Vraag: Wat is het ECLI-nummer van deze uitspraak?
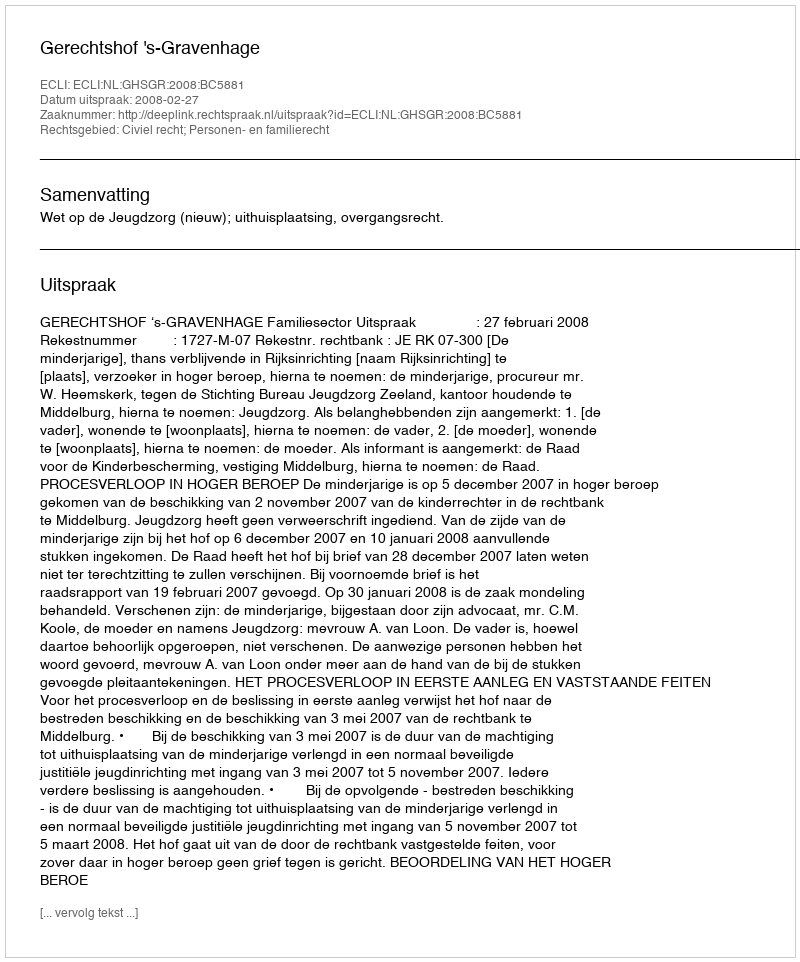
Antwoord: ECLI:NL:GHSGR:2008:BC5881